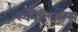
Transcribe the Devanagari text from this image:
स्कील्फ़िंग्स